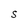
Character: 5